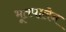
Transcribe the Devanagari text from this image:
भूतपालेन